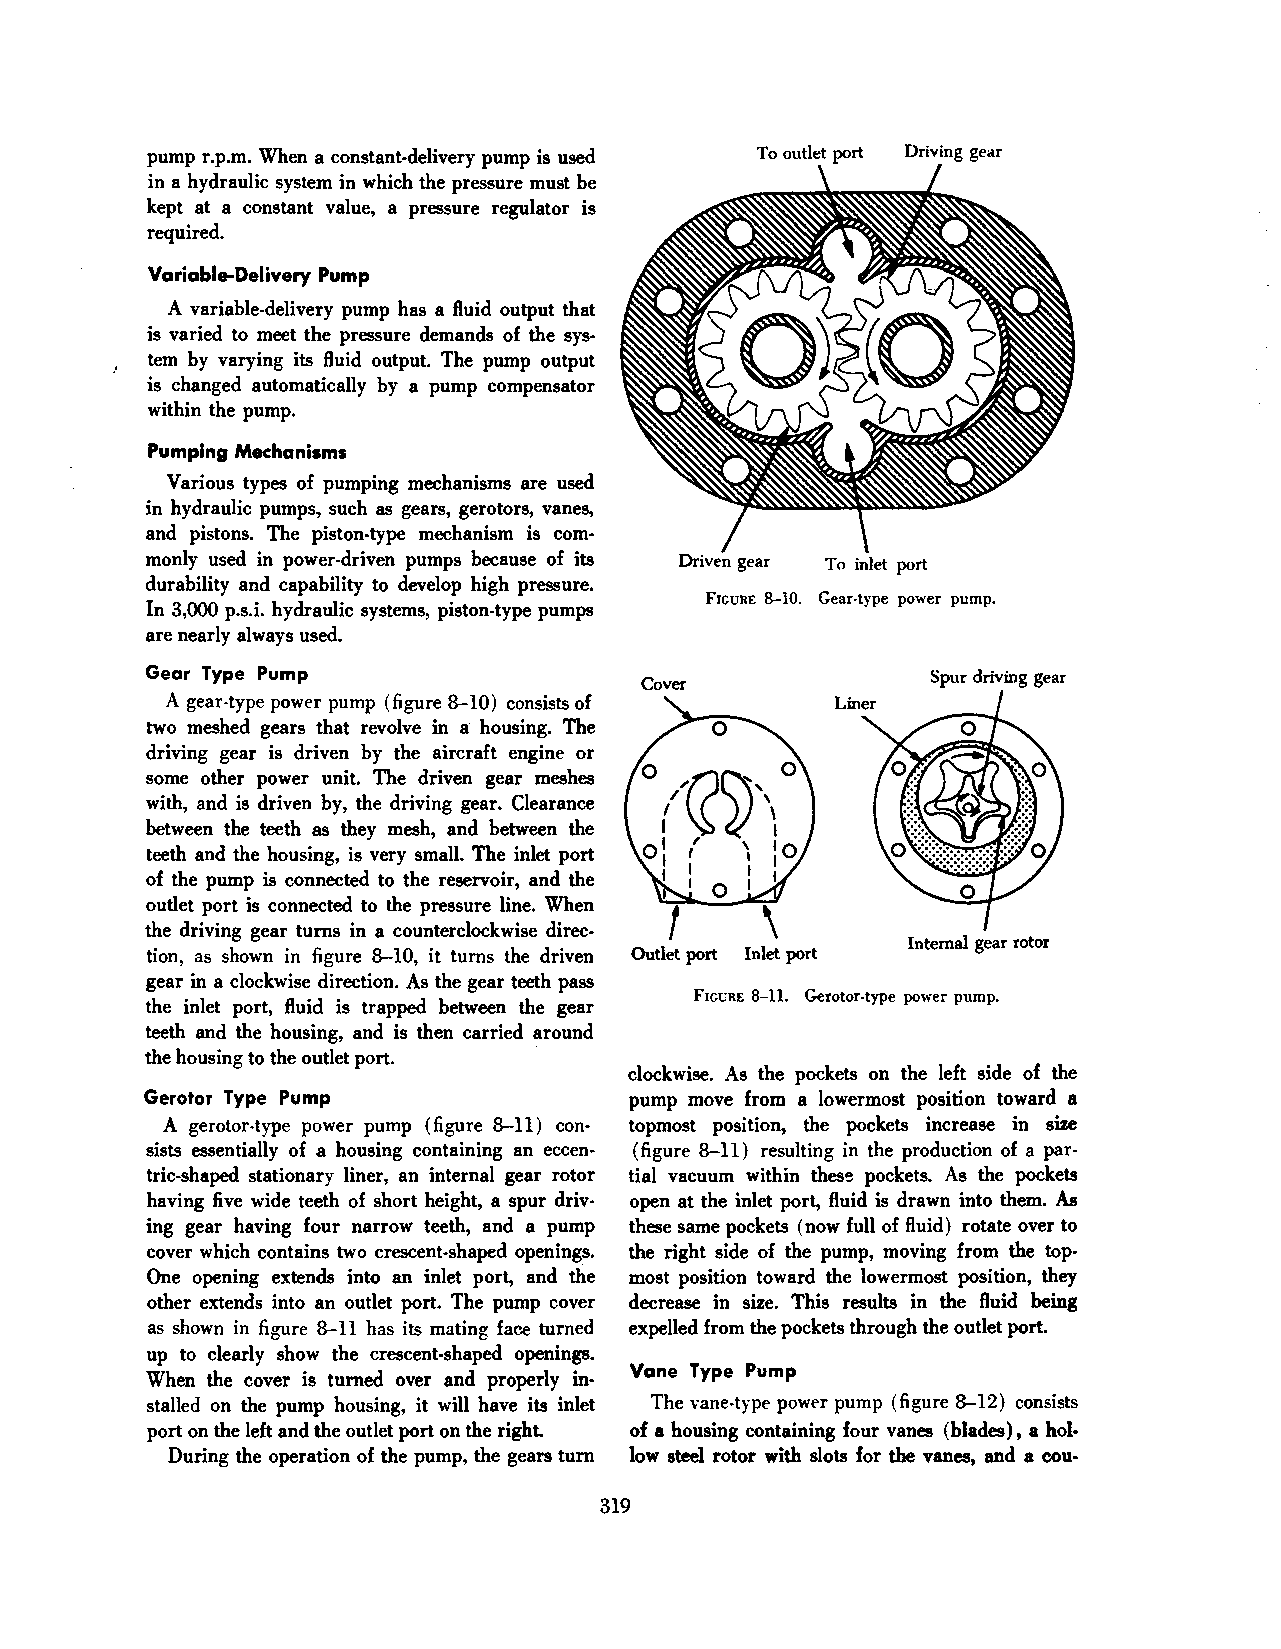
pump r.p.m. When a constant-delivery pump is used To outlet port Driving gear
 in a hydraulic system in which the pressure must be
 kept at a constant value, a pressure regulator is
 required.
 Variable-Delivery Pump
 A variable-delivery pump has a fluid output that
 is varied to meet the pressure demands of the sys
 tem by varying its fluid output. The pump output
 is changed automatically by a pump compensator
 within the pump.
 Pumping Mechanisms
 Various types of pumping mechanisms are used
 in hydraulic pumps, such as gears, gerotors, vanes,
 and pistons. The piston-type mechanism is com
 monly used in power-driven pumps because of its Driven gear To inlet port
 durability and capability to develop high pressure.
 FIGURE 8-10. Gear-type power pump.
 In 3,000 p.s.i. hydraulic systems, piston-type pumps
 are nearly always used.
 Gear Type Pump                                      Spur driving gear
 Cover
 A gear-type power pump (figure 8-10) consists of
 two meshed gears that revolve in a housing. The
 driving gear is driven by the aircraft engine or
 some other power unit. The driven gear meshes
 with, and is driven by, the driving gear. Clearance
 between the teeth as they mesh, and between the
 teeth and the housing, is very small. The inlet port
 of the pump is connected to the reservoir, and the
 outlet port is connected to the pressure line. When
 the driving gear turns in a counterclockwise direc
 Internal gear rotor
 tion, as shown in figure 8-10, it turns the driven Outlet port Inlet port
 gear in a clockwise direction. As the gear teeth pass
 the inlet port, fluid is trapped between the gear FIGURE 8-11. Gerotor-type power pump.
 teeth and the housing, and is then carried around
 the housing to the outlet port. ·
 clockwise. As the pockets on the left side of the
 Gerotor Type Pump               pump move from a lowermost position toward a
 A gerotor-type power pump (figure 8-11) con topmost position, the pockets increase in size
 sists essentially of a housing containing an eccen (figure 8-11) resulting in the production of a par
 tric-shaped stationary liner, an internal gear rotor tial vacuum within these pockets. As the pockets
 having five wide teeth of short height, a spur driv open at the inlet port, fluid is drawn into them. As
 ing gear having four narrow teeth, and a pump these same pockets (now full of fluid) rotate over to
 cover which contains two crescent-shaped openings. the right side of the pump, moving from the top
 One opening extends into an inlet port, and the most position toward the lowermost position, they
 other extends into an outlet port. The pump cover decrease in size. This results in the fluid being
 as shown in figure 8-11 has its mating face turned expelled from the pockets through the outlet port.
 up to clearly show the crescent-shaped openings.
 Vane Type Pump
 When the cover is turned over and properly in
 stalled on the pump housing, it will have its inlet The vane-type pow{'r pump (figure 8-12) consists
 port on the left and the outlet port on the right. of a housing containing four vanes (blades), a hol·
 During the operation of the pump, the gears turn low steel rotor with slots for the vanes, and a cou-
 319